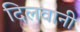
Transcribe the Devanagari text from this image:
दिलवानी